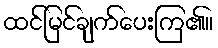
ထင်မြင်ချက်ပေးကြ၏။